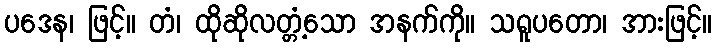
ပဒေန၊ ဖြင့်။ တံ၊ ထိုဆိုလတ္တံ့သော အနက်ကို။ သရူပတော၊ အားဖြင့်။